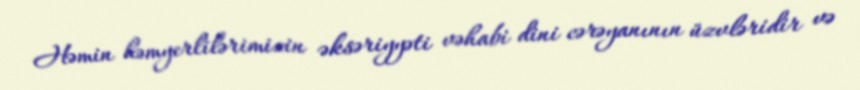
Həmin həmyerlilərimizin əksəriyyəti vəhabi dini cərəyanının üzvləridir və